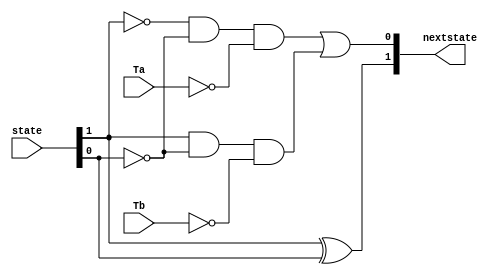
module ns_logic(Ta, Tb, state, nextstate); 

input [1:0] state;			// 2bits input
input 		Ta, Tb;			// 2 inputs
output[1:0] nextstate;		// 2 bits output

assign nextstate[1] = state[1] ^ state[0]; 				// d1 = q1^q2
assign nextstate[0] = ((~state[1])&(~state[0])&(~Ta)) | ((state[1])&(~state[0])&(~Tb));
																		// d0 = 'q1'q0'Ta + q1'q0'Tb
endmodule